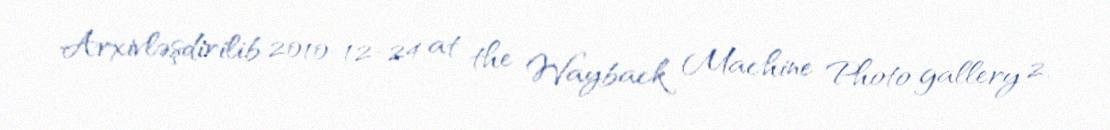
Arxivləşdirilib 2010-12-24 at the Wayback Machine Photo gallery 2.